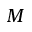
M